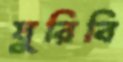
ঘুরিবি